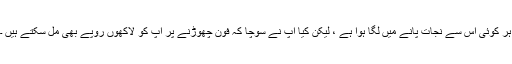
ہر کوئی اس سے نجات پانے میں لگا ہوا ہے ، لیکن کیا آپ نے سوچا کہ فون چھوڑنے پر آپ کو لاکھوں روپے بھی مل سکتے ہیں ۔